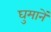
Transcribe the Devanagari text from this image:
घुमानें